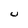
Character: U